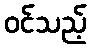
ဝင်သည့်